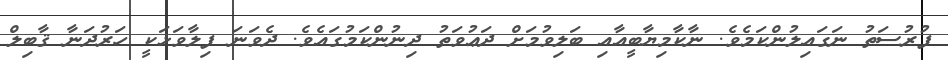
ފުރުސަތު ނަގައިލުންކަމެވެ. ނާކާމިޔާބީއާއި ބަލިވުމަށް ދަޢުވަތު ދިނުންކަމުގައެވެ. ދެވަނަ ފިލާވަޅަކީ ހަރުދަނާ ޤާބިލް